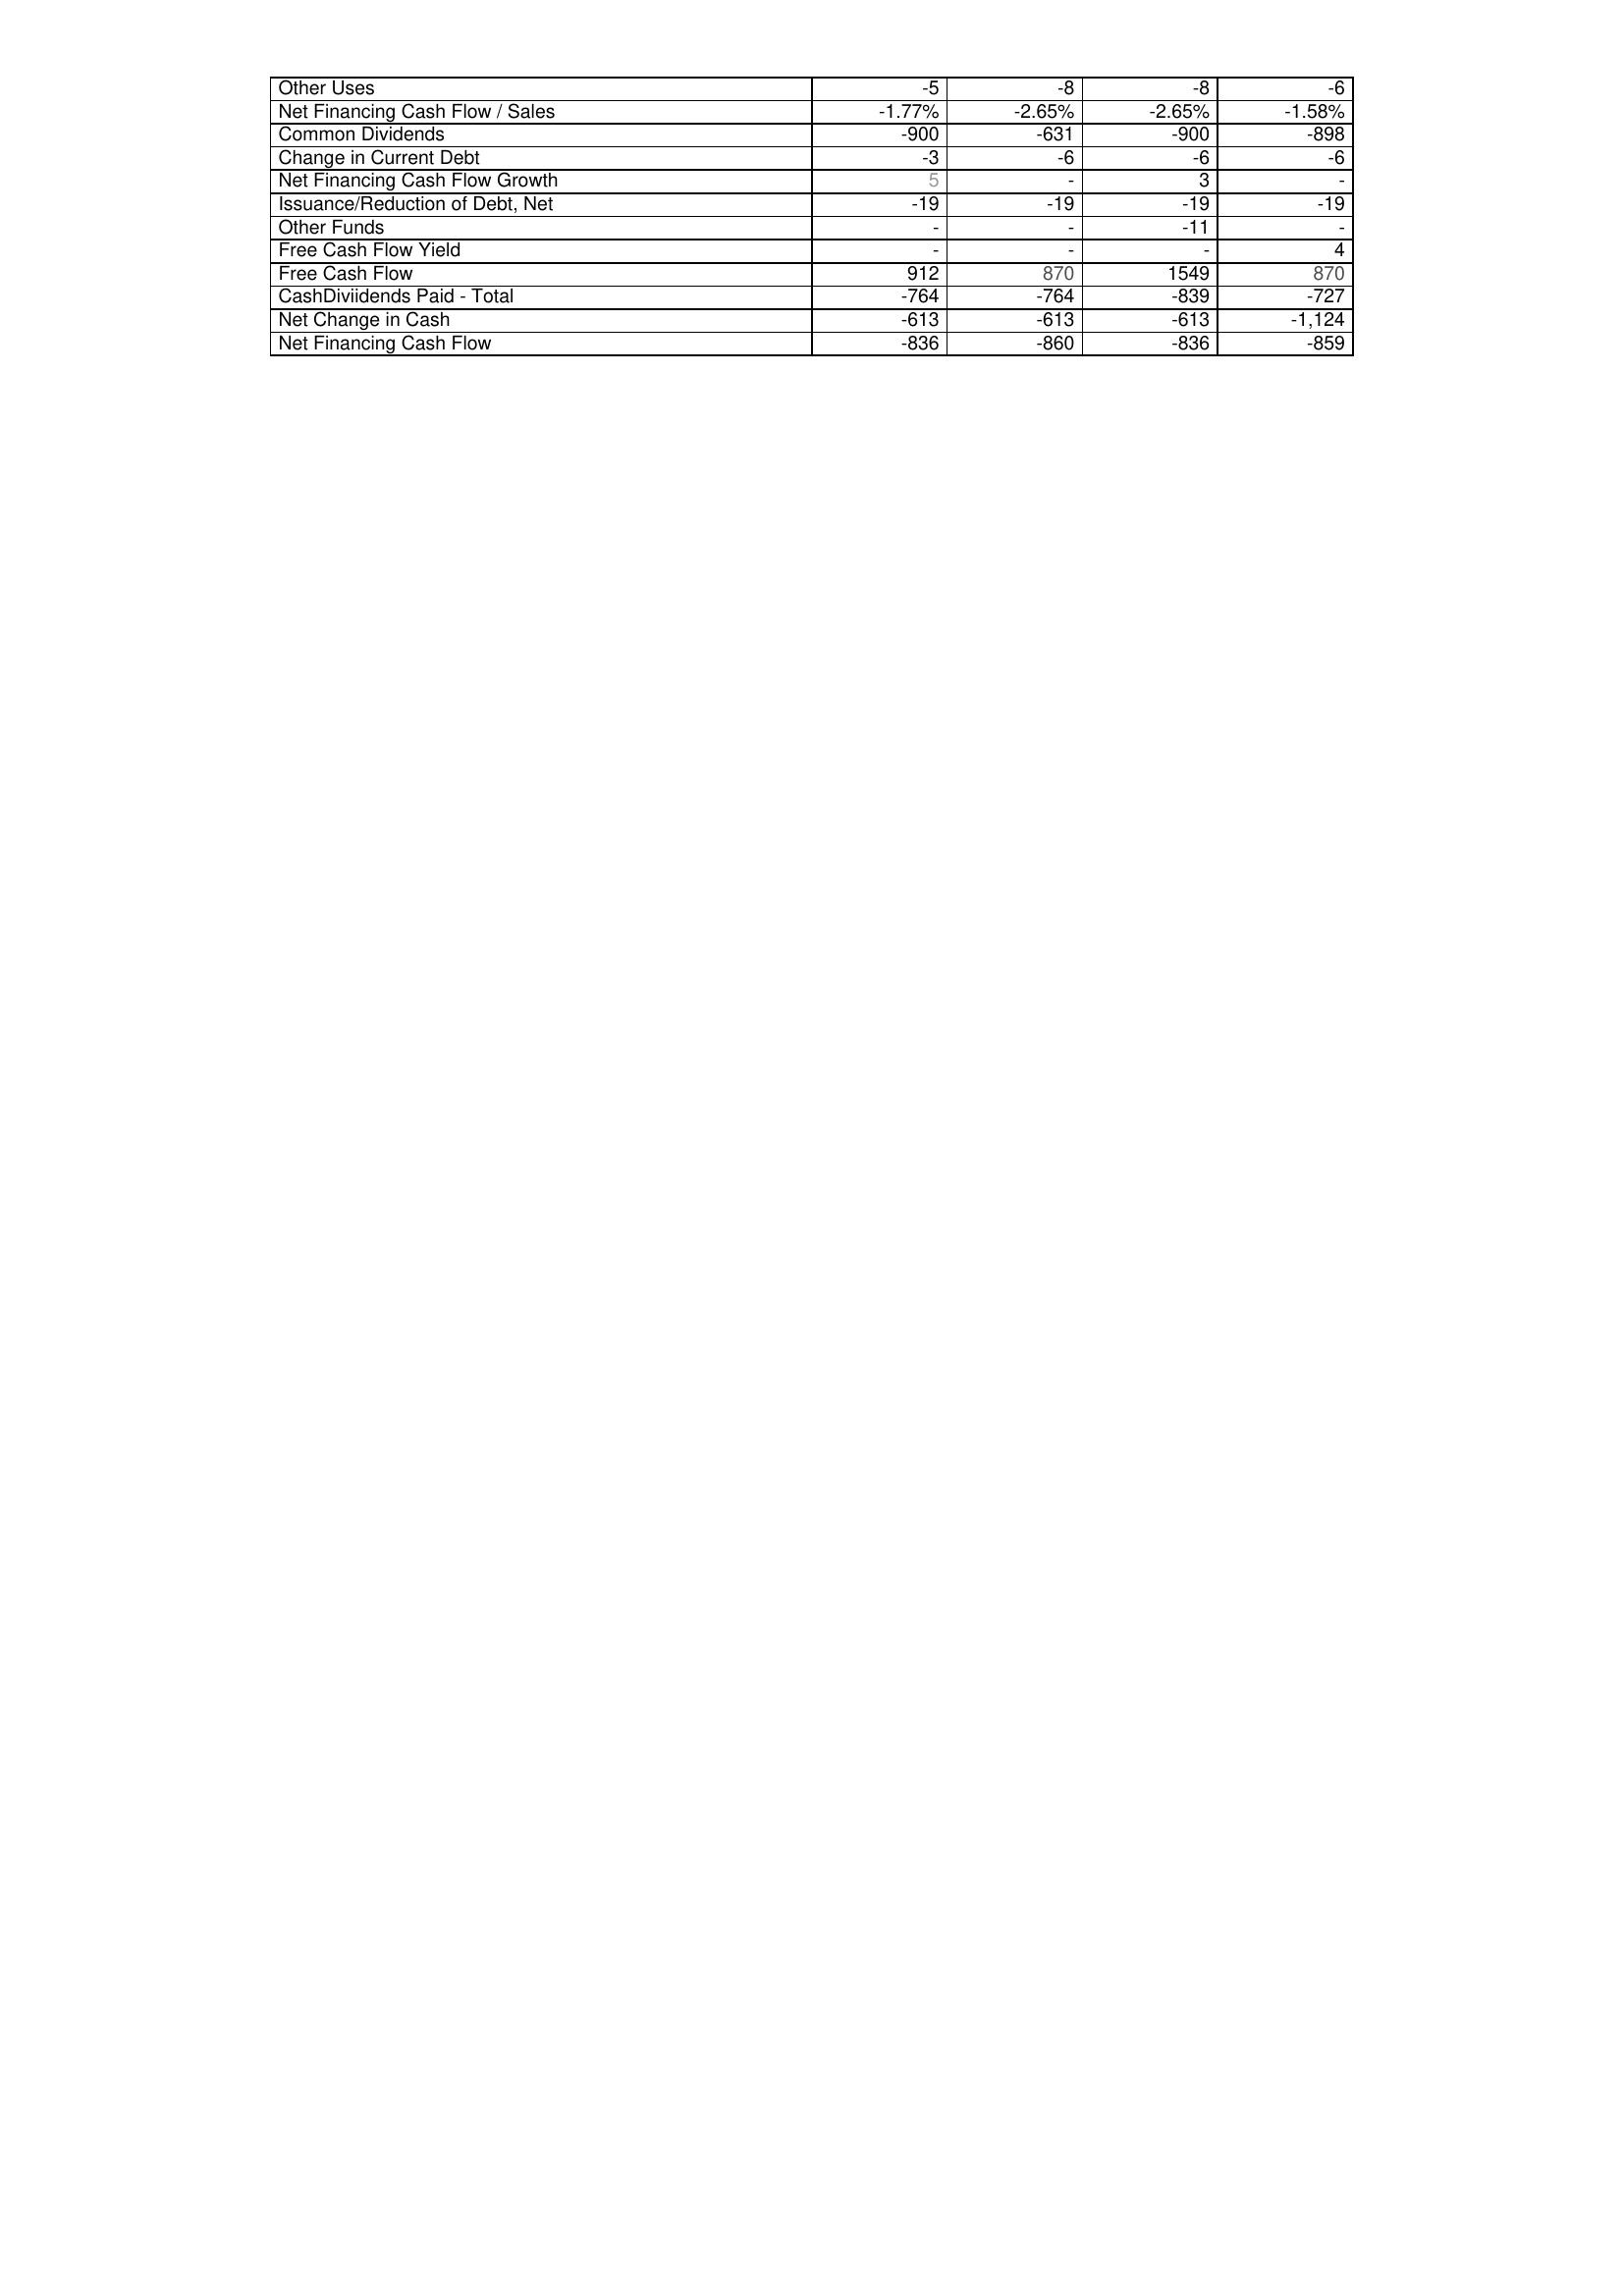
2004: Financing Activities: Other Uses: -5
Net Financing Cash Flow / Sales: -1.77%
Common Dividends: -900
Change in Current Debt: -3
Net Financing Cash Flow Growth: 5
Issuance/Reduction of Debt, Net: -19
Other Funds: -
Free Cash Flow Yield: -
Free Cash Flow: 912
CashDiviidends Paid - Total: -764
Net Change in Cash: -613
Net Financing Cash Flow: -836
2005: Financing Activities: Other Uses: -8
Net Financing Cash Flow / Sales: -2.65%
Common Dividends: -631
Change in Current Debt: -6
Net Financing Cash Flow Growth: -
Issuance/Reduction of Debt, Net: -19
Other Funds: -
Free Cash Flow Yield: -
Free Cash Flow: 870
CashDiviidends Paid - Total: -764
Net Change in Cash: -613
Net Financing Cash Flow: -860
2006: Financing Activities: Other Uses: -8
Net Financing Cash Flow / Sales: -2.65%
Common Dividends: -900
Change in Current Debt: -6
Net Financing Cash Flow Growth: 3
Issuance/Reduction of Debt, Net: -19
Other Funds: -11
Free Cash Flow Yield: -
Free Cash Flow: 1549
CashDiviidends Paid - Total: -839
Net Change in Cash: -613
Net Financing Cash Flow: -836
2007: Financing Activities: Other Uses: -6
Net Financing Cash Flow / Sales: -1.58%
Common Dividends: -898
Change in Current Debt: -6
Net Financing Cash Flow Growth: -
Issuance/Reduction of Debt, Net: -19
Other Funds: -
Free Cash Flow Yield: 4
Free Cash Flow: 870
CashDiviidends Paid - Total: -727
Net Change in Cash: -1,124
Net Financing Cash Flow: -859